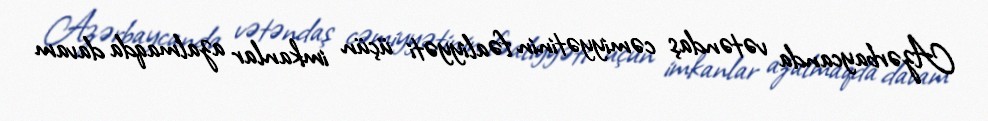
Azərbaycanda vətəndaş cəmiyyətinin fəaliyyəti üçün imkanlar azalmaqda davam